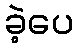
ခဲ့ပေ